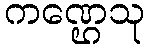
ကဏ္ဌေသု